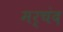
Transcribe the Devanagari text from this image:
मर्चंद